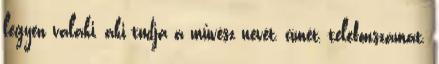
legyen valaki, aki tudja a művész nevét, címét, telefonszámát.